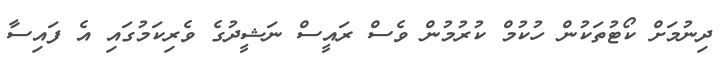
ދިނުމަށް ކޯޓުތަކުން ހުކުމް ކުރުމުން ވެސް ރައީސް ނަޝީދުގެ ވެރިކަމުގައި އެ ފައިސާ